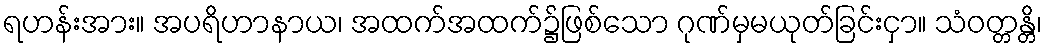
ရဟန်းအား။ အပရိဟာနာယ၊ အထက်အထက်၌ဖြစ်သော ဂုဏ်မှမယုတ်ခြင်းငှာ။ သံဝတ္တန္တိ၊